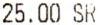
25.00 SR